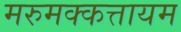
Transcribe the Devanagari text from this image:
मरुमक्कत्तायम